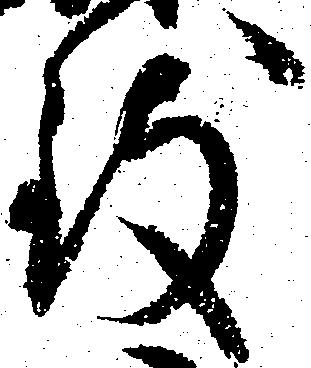
致